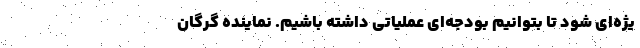
یژه‌ای شود تا بتوانیم بودجه‌ای عملیاتی داشته باشیم. نماینده گرگان